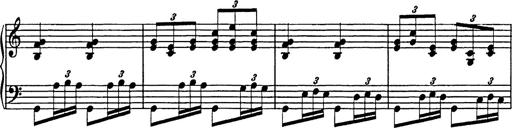
Title: Galop in A minor
Composer: Franz Liszt
Key: A minor